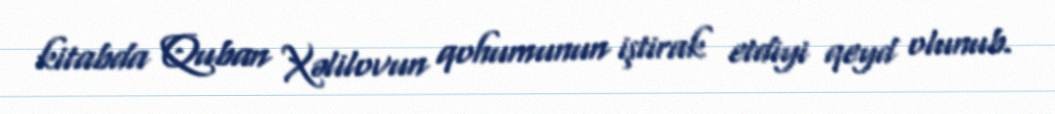
kitabda Quban Xəlilovun qohumunun iştirak etdiyi qeyd olunub.